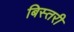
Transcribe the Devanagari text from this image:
बिस्तरी